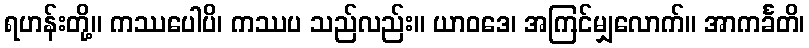
ရဟန်းတို့။ ကဿပေါပိ၊ ကဿပ သည်လည်း။ ယာဝဒေ၊ အကြင်မျှလောက်။ အာကင်္ခတိ၊